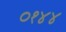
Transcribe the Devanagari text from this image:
०१४४